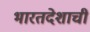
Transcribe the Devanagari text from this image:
भारतदेशाची